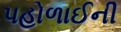
પહોળાઈની